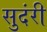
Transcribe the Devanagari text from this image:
सुदंरी